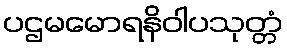
ပဌမမောရနိဝါပသုတ္တံ